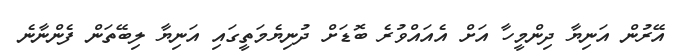
އޭރުން އަނިޔާ ދިންމީހާ އަށް އެއައްވުރެ ބޮޑަށް ދުނިޔެމަތީގައި އަނިޔާ ލިބޭތަން ފެންނާނެ